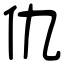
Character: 仇